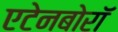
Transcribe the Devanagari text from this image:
एटेनबोरॉ